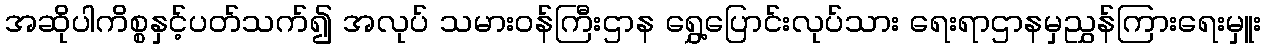
အဆိုပါကိစ္စနှင့်ပတ်သက်၍ အလုပ် သမားဝန်ကြီးဌာန ရွှေ့ပြောင်းလုပ်သား ရေးရာဌာနမှညွှန်ကြားရေးမှူး